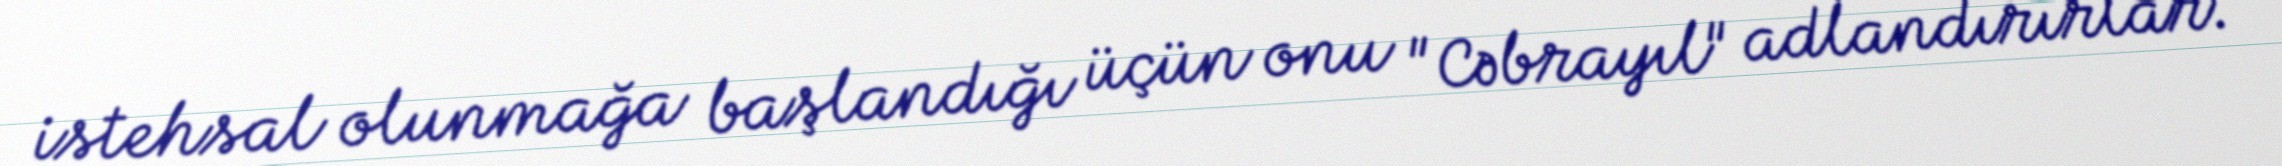
istehsal olunmağa başlandığı üçün onu "Cəbrayıl" adlandırırlar.